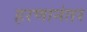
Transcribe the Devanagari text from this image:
हरणानंतर